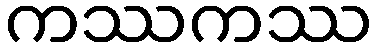
ကဿကဿ